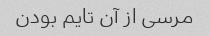
مرسی از آن تایم بودن